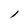
Character: 1